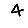
Digit: 4